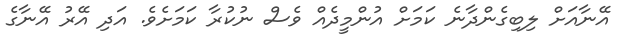
އޭނާއަށް ލިބިގެންދާނެ ކަމަށް އުންމީދެއް ވެސް ނުކުރާ ކަމަށެވެ. އަދި އޭރު އޭނާގެ